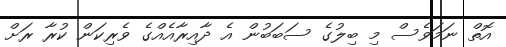
އޮތް ނަމަވެސް މި ބިލުގެ ސަބަބުން އެ ދާއިރާއެއްގެ ވެރިކަން ކުރާ ރަށް